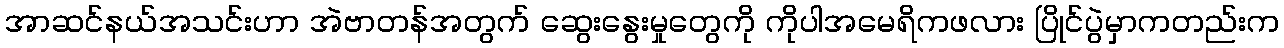
အာဆင်နယ်အသင်းဟာ အဲဗာတန်အတွက် ဆွေးနွေးမှုတွေကို ကိုပါအမေရိကဖလား ပြိုင်ပွဲမှာကတည်းက